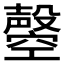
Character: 𣫝